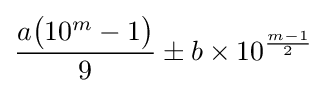
{\frac {a{\big (}10^{m}-1{\big )}}{9}}\pm b\times 10^{\frac {m-1}{2}}